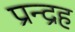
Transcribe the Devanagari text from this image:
प्रन्द्रह